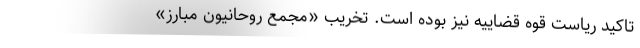
تاکید ریاست قوه قضاییه نیز بوده است‌. تخریب «مجمع روحانیون مبارز»